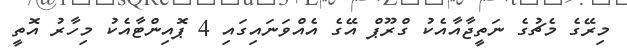
މިރޭގެ މެޗުގެ ނަތީޖާއާއެކު ގްރޫޕް އޭގެ އެއްވަނައިގައި 4 ޕޮއިންޓާއެކު މިހާރު އޮތީ